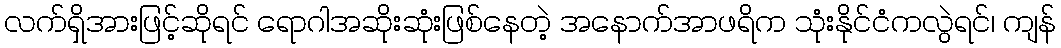
လက်ရှိအားဖြင့်ဆိုရင် ရောဂါအဆိုးဆုံးဖြစ်နေတဲ့ အနောက်အာဖရိက သုံးနိုင်ငံကလွဲရင်၊ ကျန်